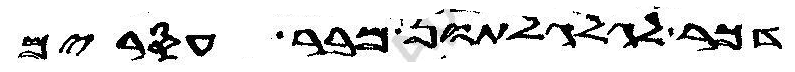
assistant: דכר לגלגלתון מבר עסרים